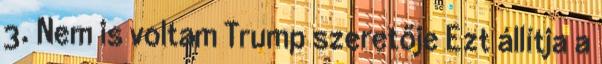
3. Nem is voltam Trump szeretője Ezt állítja a